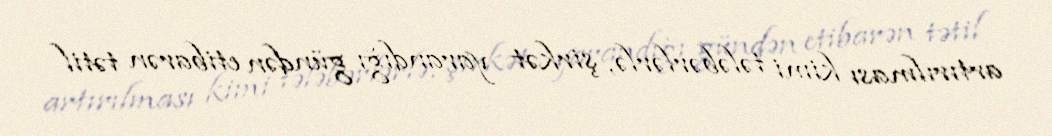
artırılması kimi tələbərlərlə, şirkət yarandığı gündən etibarən tətil